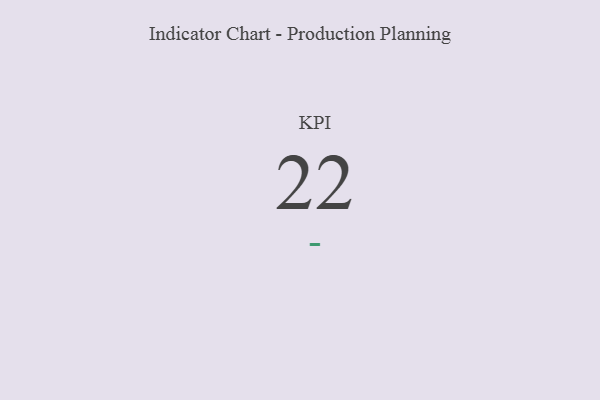
{"axis": {"x": "KPI", "y": "Value"}, "legend": [""], "data": [{"x": "KPI", "y": 22, "type": ""}]}